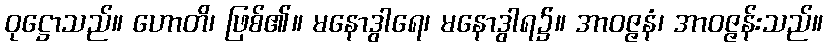
ဝုဋ္ဌောသည်။ ဟောတိ၊ ဖြစ်၏။ မနောဒွါရေ၊ မနောဒွါရ၌။ အာဝဇ္ဇနံ၊ အာဝဇ္ဇန်းသည်။